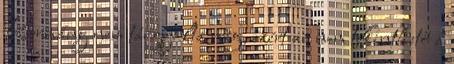
Kormány nem tárgyalta meg, ezért az nem tekinthető a